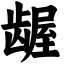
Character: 龌